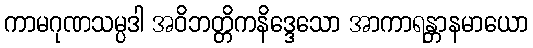
ကာမဂုဏသမ္ပဒါ အဝိဘတ္တိကနိဒ္ဒေသော အာကာရန္တာနမာယော